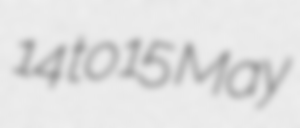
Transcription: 14 to 15 May